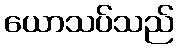
ယောသပ်သည်